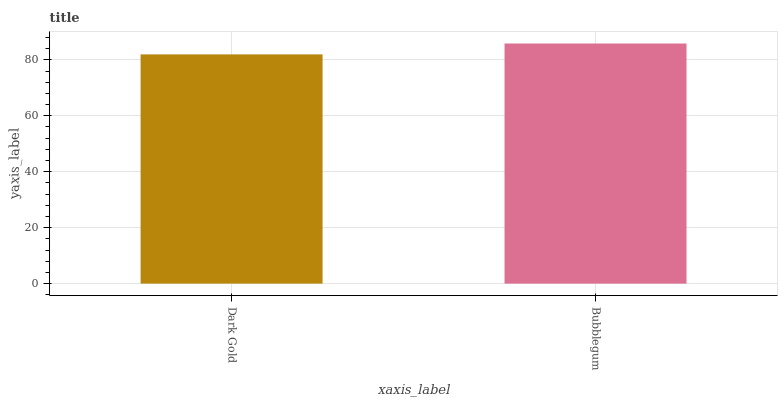
| xaxis_label | bars |
 | --- | --- |
 | Dark Gold | 82 |
 | Bubblegum | 85.8 |